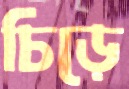
চিড়ে